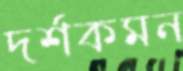
দর্শকমন